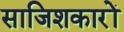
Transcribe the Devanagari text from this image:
साजिशकारों